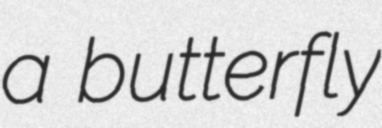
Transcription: a butterfly